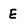
Character: E